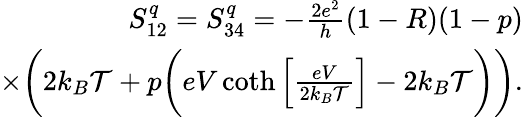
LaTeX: \begin{array}{r}{S_{12}^{q}=S_{34}^{q}=-\frac{2e^{2}}{h}(1-R)(1-p)}\\ {\times\bigg(2k_{B}\mathcal{T}+p\bigg(eV\coth\left[\frac{eV}{2k_{B}\mathcal{T}}\right]-2k_{B}\mathcal{T}\bigg)\bigg).}\end{array}